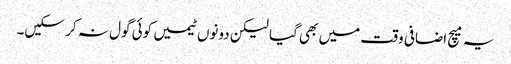
یہ میچ اضافی وقت میں بھی گیا لیکن دونوں ٹیمیں کوئی گول نہ کر سکیں۔